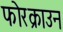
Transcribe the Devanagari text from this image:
फोरक्राउन